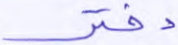
دفتر